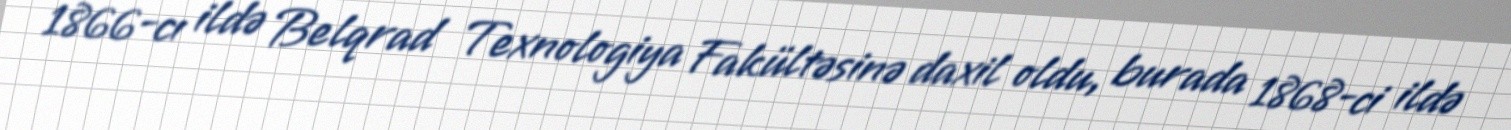
1866-cı ildə Belqrad Texnologiya Fakültəsinə daxil oldu, burada 1868-ci ildə